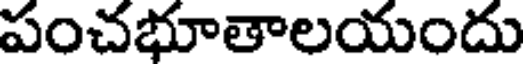
పంచభూతాలయందు